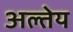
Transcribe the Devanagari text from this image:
अल्तेय